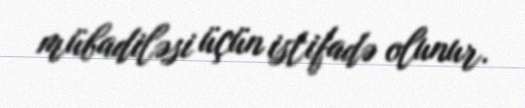
mübadiləsi üçün istifadə olunur.